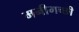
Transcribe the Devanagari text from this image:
मनीगच्छी